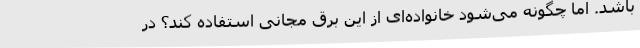
باشد. اما چگونه می‌شود خانواده‌ای از این برق مجانی استفاده کند؟ در